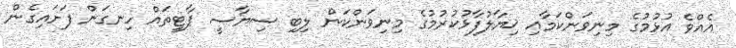
އެއްވެ އުޅުމުގެ މިނިވަންކަމާއި ޚިޔާލުފާޅުކުރުމުގެ މިނިވަންކަން ލިބި ސިޔާސީ ޕާޓީތައް ހިނގަން ފަށައިގެން